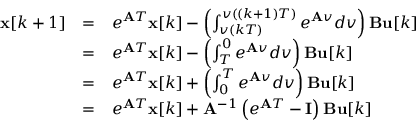
{ \begin{array} { l l l } { \mathbf { x } [ k + 1 ] } & { = } & { e ^ { \mathbf { A } T } \mathbf { x } [ k ] - \left( \int _ { v ( k T ) } ^ { v ( ( k + 1 ) T ) } e ^ { \mathbf { A } v } d v \right) \mathbf { B } \mathbf { u } [ k ] } \\ & { = } & { e ^ { \mathbf { A } T } \mathbf { x } [ k ] - \left( \int _ { T } ^ { 0 } e ^ { \mathbf { A } v } d v \right) \mathbf { B } \mathbf { u } [ k ] } \\ & { = } & { e ^ { \mathbf { A } T } \mathbf { x } [ k ] + \left( \int _ { 0 } ^ { T } e ^ { \mathbf { A } v } d v \right) \mathbf { B } \mathbf { u } [ k ] } \\ & { = } & { e ^ { \mathbf { A } T } \mathbf { x } [ k ] + \mathbf { A } ^ { - 1 } \left( e ^ { \mathbf { A } T } - \mathbf { I } \right) \mathbf { B } \mathbf { u } [ k ] } \end{array} }